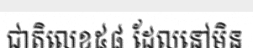
ជាតិលេខ៥៨ ដែលនៅមិន